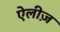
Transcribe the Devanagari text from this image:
ऐलीज़